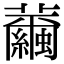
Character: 𦇂